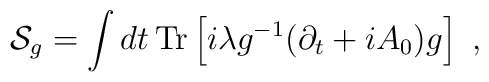
{\cal S}_{g}=\int dt\, {\rm Tr} \left[i \lambda g^{-1} (\partial_t+iA_0)g\right]~,